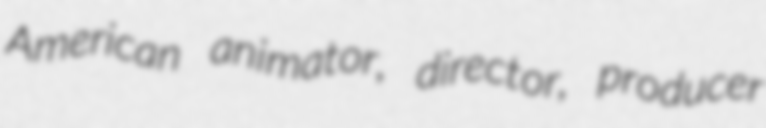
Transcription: American animator, director, producer